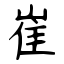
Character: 崔